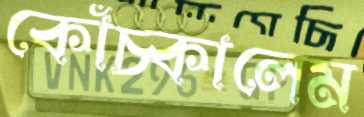
কোঁচ্‌কালেম